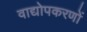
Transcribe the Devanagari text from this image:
वाद्योपकरणों